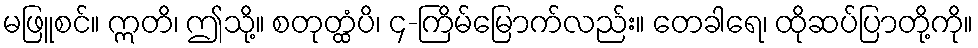
မဖြူစင်။ ဣတိ၊ ဤသို့။ စတုတ္ထံပိ၊ ၄-ကြိမ်မြောက်လည်း။ တေခါရေ၊ ထိုဆပ်ပြာတို့ကို။